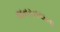
જનરનલના